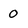
Character: 0